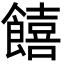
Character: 饎